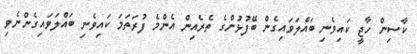
ކާސިން ހާޖީ ކައިވެނި ބައްލަވައިގެން ބޭފުޅުންގެ ތެރެއިން އެންމެ ފުރަތަމަ ކައިވެނި ބައްލަވައިގެންނެވި